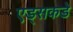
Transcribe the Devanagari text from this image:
एड्‌सकडे